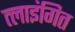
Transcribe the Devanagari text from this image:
त्लाइंगित